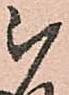
被